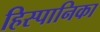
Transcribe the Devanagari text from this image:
हिस्पानिका